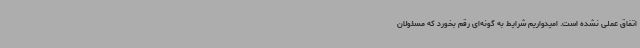
اتفاق عملی نشده است. امیدواریم شرایط به گونه‌ای رقم بخورد که مسئولان